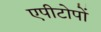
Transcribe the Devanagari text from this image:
एपीटोपों